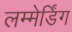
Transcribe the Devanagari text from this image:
लम्मेर्डिंग